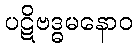
ပဋိဗဒ္ဓမနောဝ